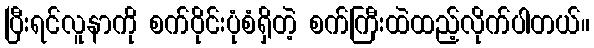
ပြီးရင်လူနာကို စက်ဝိုင်းပုံစံရှိတဲ့ စက်ကြီးထဲထည့်လိုက်ပါတယ်။